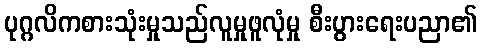
ပုဂ္ဂလိကစားသုံးမှုသည်လူမှုဖူလုံမှု စီးပွားရေးပညာ၏